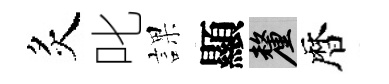
炙叱課顯厘暦